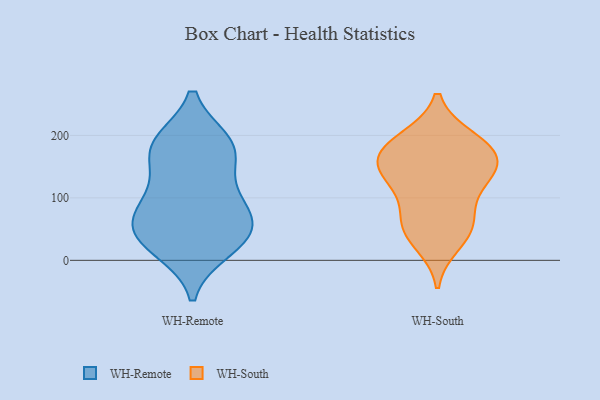
{"axis": {"x": "Revenue (USD Million)", "y": "Value"}, "legend": ["WH-Remote", "WH-South"], "data": [{"x": "", "y": 86, "type": "WH-Remote"}, {"x": "", "y": 45, "type": "WH-Remote"}, {"x": "", "y": 180, "type": "WH-Remote"}, {"x": "", "y": 77, "type": "WH-Remote"}, {"x": "", "y": 188, "type": "WH-Remote"}, {"x": "", "y": 177, "type": "WH-Remote"}, {"x": "", "y": 187, "type": "WH-Remote"}, {"x": "", "y": 27, "type": "WH-Remote"}, {"x": "", "y": 55, "type": "WH-Remote"}, {"x": "", "y": 39, "type": "WH-Remote"}, {"x": "", "y": 94, "type": "WH-Remote"}, {"x": "", "y": 134, "type": "WH-Remote"}, {"x": "", "y": 18, "type": "WH-Remote"}, {"x": "", "y": 28, "type": "WH-South"}, {"x": "", "y": 169, "type": "WH-South"}, {"x": "", "y": 119, "type": "WH-South"}, {"x": "", "y": 52, "type": "WH-South"}, {"x": "", "y": 120, "type": "WH-South"}, {"x": "", "y": 193, "type": "WH-South"}, {"x": "", "y": 174, "type": "WH-South"}, {"x": "", "y": 58, "type": "WH-South"}, {"x": "", "y": 140, "type": "WH-South"}, {"x": "", "y": 194, "type": "WH-South"}, {"x": "", "y": 158, "type": "WH-South"}, {"x": "", "y": 64, "type": "WH-South"}, {"x": "", "y": 154, "type": "WH-South"}]}